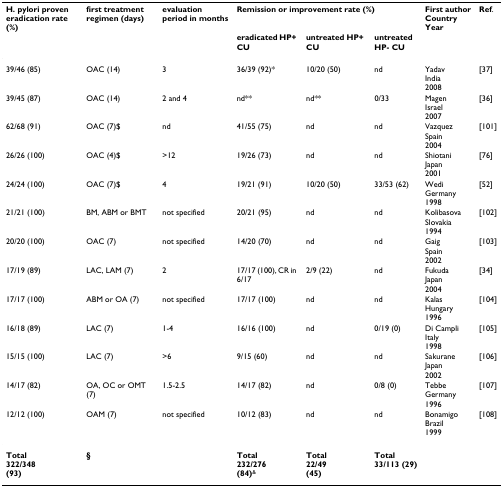
| H. pylori proven eradication rate (%) | first treatment regimen (days) | evaluation period in months | <COLSPAN=3> Remission or improvement rate (%) | First authorCountryYear | Ref. |
 |  |  |  | eradicated HP+ CU | untreated HP+ CU | untreatedHP- CU |  |  |
 | --- | --- | --- | --- | --- | --- | --- | --- |
 | 39/46 (85) | OAC (14) | 3 | 36/39 (92)* | 10/20 (50) | nd | YadavIndia2008 | [37] |
 | 39/45 (87) | OAC (14) | 2 and 4 | nd** | nd** | 0/33 | MagenIsrael2007 | [36] |
 | 62/68 (91) | OAC (7)$ | nd | 41/55 (75) | nd | nd | VazquezSpain2004 | [101] |
 | 26/26 (100) | OAC (4)$ | >12 | 19/26 (73) | nd | nd | ShiotaniJapan2001 | [76] |
 | 24/24 (100) | OAC (7)$ | 4 | 19/21 (91) | 10/20 (50) | 33/53 (62) | WediGermany1998 | [52] |
 | 21/21 (100) | BM, ABM or BMT | not specified | 20/21 (95) | nd | nd | KolibasovaSlovakia1994 | [102] |
 | 20/20 (100) | OAC (7) | not specified | 14/20 (70) | nd | nd | GaigSpain2002 | [103] |
 | 17/19 (89) | LAC, LAM (7) | 2 | 17/17 (100), CR in 6/17 | 2/9 (22) | nd | FukudaJapan2004 | [34] |
 | 17/17 (100) | ABM or OA (7) | not specified | 17/17 (100) | nd | nd | KalasHungary1996 | [104] |
 | 16/18 (89) | LAC (7) | 1-4 | 16/16 (100) | nd | 0/19 (0) | Di CampliItaly1998 | [105] |
 | 15/15 (100) | LAC (7) | >6 | 9/15 (60) | nd | nd | SakuraneJapan2002 | [106] |
 | 14/17 (82) | OA, OC or OMT (7) | 1.5-2.5 | 14/17 (82) | nd | 0/8 (0) | TebbeGermany1996 | [107] |
 | 12/12 (100) | OAM (7) | not specified | 10/12 (83) | nd | nd | BonamigoBrazil1999 | [108] |
 | Total322/348(93) | § |  | Total232/276(84)& | Total22/49(45) | Total33/113 (29) |  |  |